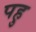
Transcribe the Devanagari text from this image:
पहु